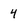
Character: 4